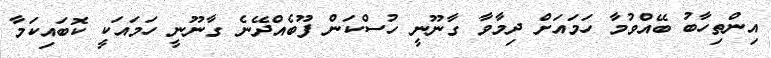
އިންތިހާބު ބޭއްވުމާ ހަމައަށް ދިމާވާ ގާނޫނީ ހުސްކަން ފޫބެއްދޭނެ ގާނޫނީ ހަމައަކީ ކޮބަައިކަމާ